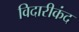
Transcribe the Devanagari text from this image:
विदारीकंद